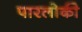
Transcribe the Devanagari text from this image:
पारलोकी